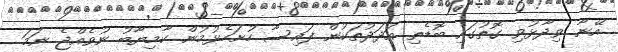
އޭނާ ވިދާޅުވި ގޮތުގައި ބޮޑެތި އަދަދުތަކުން ފައިސާ ހުށަހެޅުމުން ކާމިޔާބު ނުވެއްޖެ ނަމަ